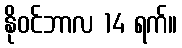
နိုဝင်ဘာလ 14 ရက်။